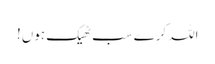
اللہ کرے سب ٹھیک ہوں!